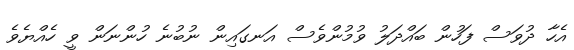
އެހާ ދުވަސް ފަހުން ބައްދަލު ވުމުންވެސް އަނގައިން ނުބުނެ ހުންނަން ވީ ހެއްޔެވެ